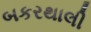
બકરથાલી